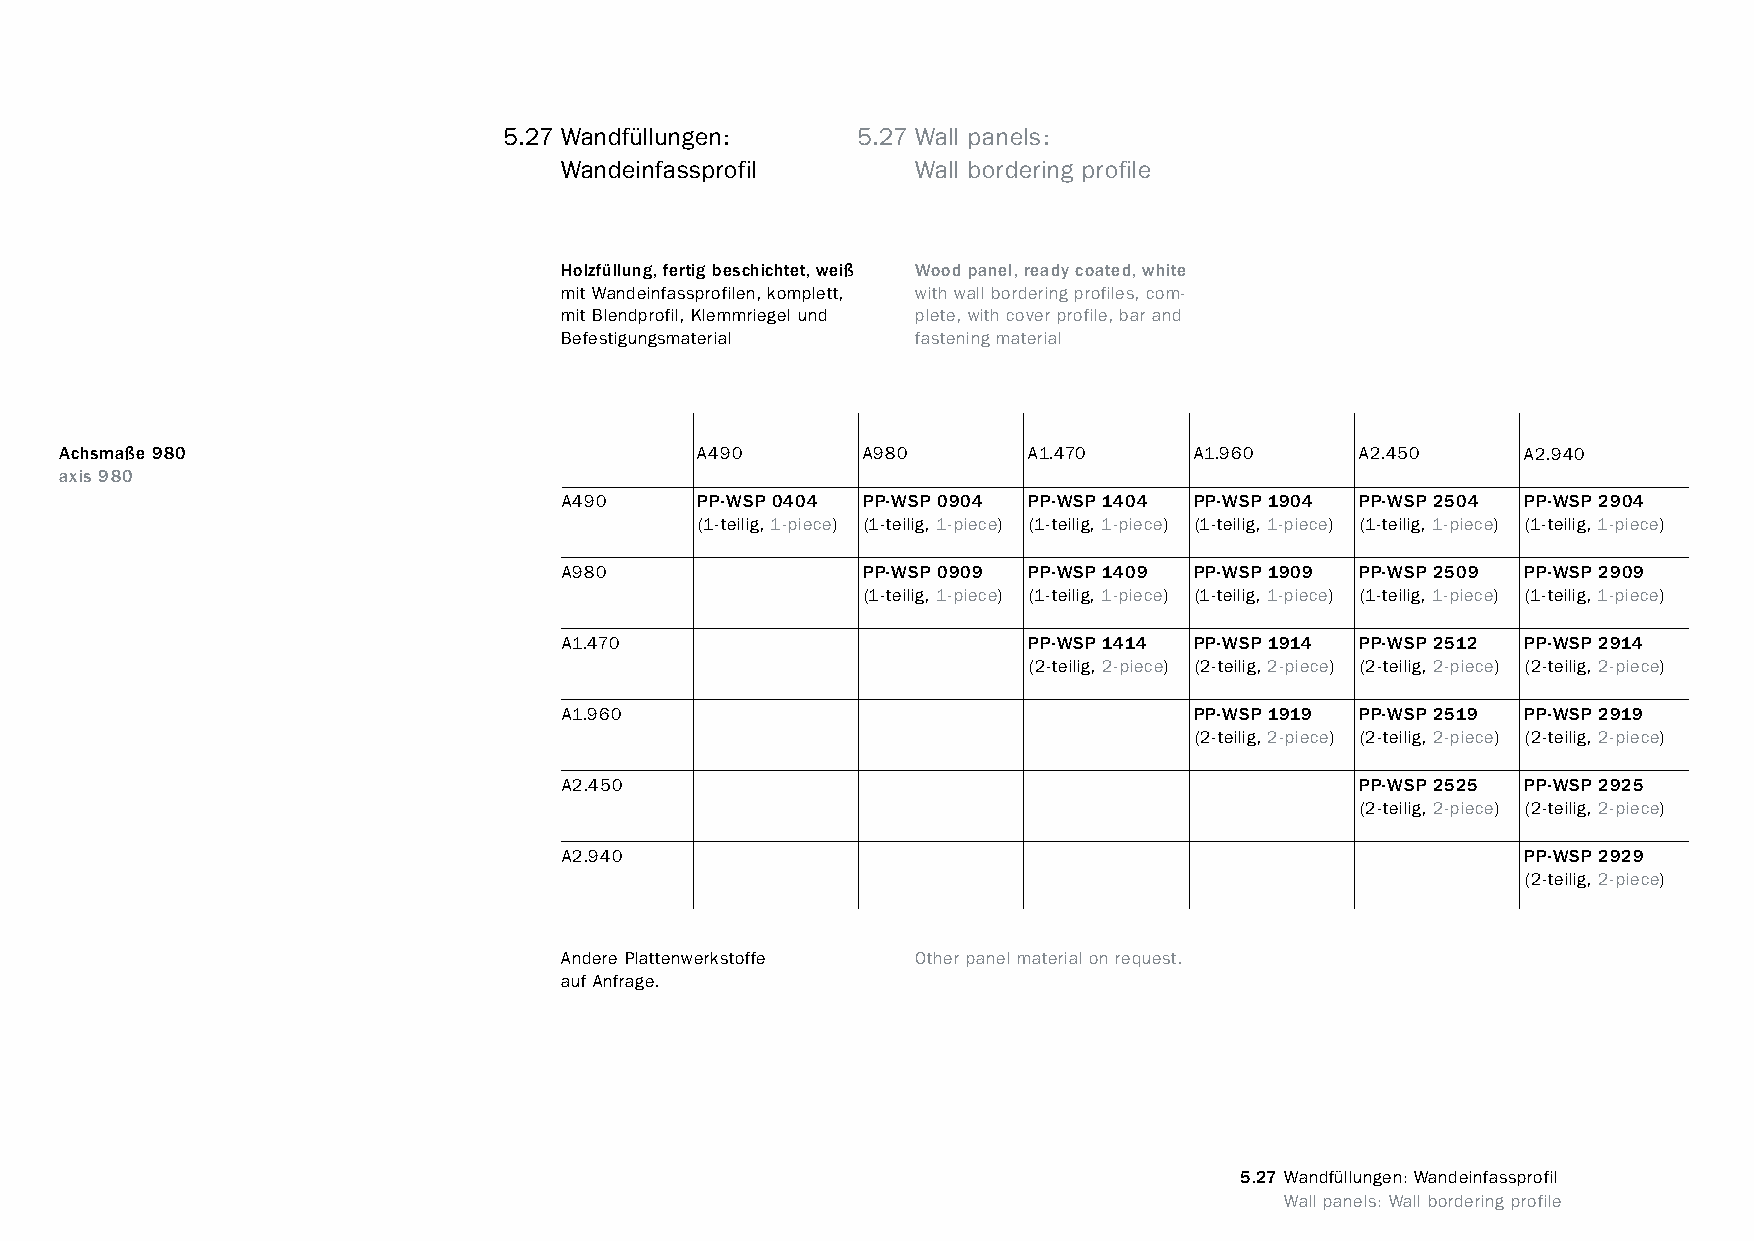
constructivpila petite       5.27 Wandfüllungen:     5.27 Wall panels:
 Wandeinfassprofil       Wall bordering profile
 Holzfüllung, fertig beschichtet, weiß Wood panel, ready coated, white
 mit Wandeinfassprofilen, komplett, with wall bordering profiles, com-
 mit Blendprofil, Klemmriegel und plete, with cover profile, bar and
 Befestigungsmaterial    fastening material
 Achsmaße 980                              A490       A980       A1.470     A1.960     A2.450     A2.940
 axis 980
 A490     PP-WSP 0404 PP-WSP 0904 PP-WSP 1404 PP-WSP 1904 PP-WSP 2504 PP-WSP 2904
 (1-teilig, 1-piece) (1-teilig, 1-piece) (1-teilig, 1-piece) (1-teilig, 1-piece) (1-teilig, 1-piece) (1-teilig, 1-piece)
 A980                PP-WSP 0909 PP-WSP 1409 PP-WSP 1909 PP-WSP 2509 PP-WSP 2909
 (1-teilig, 1-piece) (1-teilig, 1-piece) (1-teilig, 1-piece) (1-teilig, 1-piece) (1-teilig, 1-piece)
 A1.470                         PP-WSP 1414 PP-WSP 1914 PP-WSP 2512 PP-WSP 2914
 (2-teilig, 2-piece) (2-teilig, 2-piece) (2-teilig, 2-piece) (2-teilig, 2-piece)
 A1.960                                    PP-WSP 1919 PP-WSP 2519 PP-WSP 2919
 (2-teilig, 2-piece) (2-teilig, 2-piece) (2-teilig, 2-piece)
 A2.450                                               PP-WSP 2525 PP-WSP 2925
 (2-teilig, 2-piece) (2-teilig, 2-piece)
 A2.940                                                          PP-WSP 2929
 (2-teilig, 2-piece)
 Andere Plattenwerkstoffe Other panel material on request.
 auf Anfrage.
 5.27 Wandfüllungen: Wandeinfassprofil
 www.burkhardtleitner.de                                                          Wall panels: Wall bordering profile